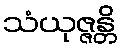
သံယုဇ္ဇန္တိ